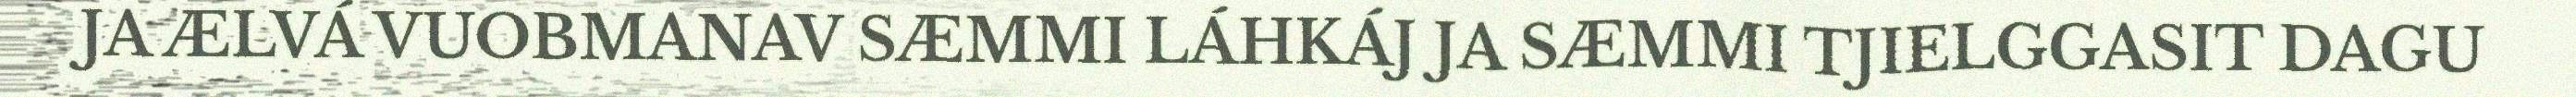
JA ÆLVÁ VUOBMANAV SÆMMI LÁHKÁJ JA SÆMMI TJIELGGASIT DAGU